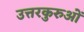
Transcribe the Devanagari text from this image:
उत्तरकुरुओं